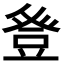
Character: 𭽁